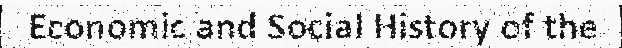
Economic and Social History of the